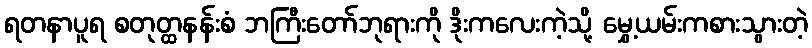
ရတနာပူရ စတုတ္ထနန်းစံ ဘကြီးတော်ဘုရားကို ဒိုးကလေးကဲ့သို့ မွှေ့ယမ်းကစားသွားတဲ့